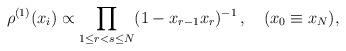
LaTeX: \begin{align*}\rho^{(1)}(x_i)\propto \prod_{1\leq r<s\leq N} (1 - x_{r-1}x_r)^{-1}\,, \quad(x_0\equiv x_N),\end{align*}